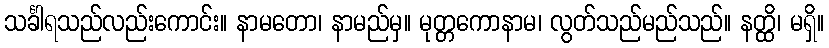
သင်္ခါရသည်လည်းကောင်း။ နာမတော၊ နာမည်မှ။ မုတ္တကောနာမ၊ လွတ်သည်မည်သည်။ နတ္ထိ၊ မရှိ။